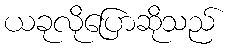
ယခုလိုပြောဆိုသည်